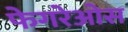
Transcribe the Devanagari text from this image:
फेगरेओस